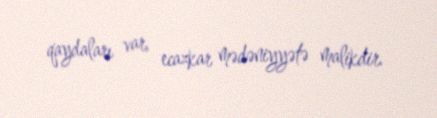
qaydaları var, ecazkar mədəniyyətə malikdir.